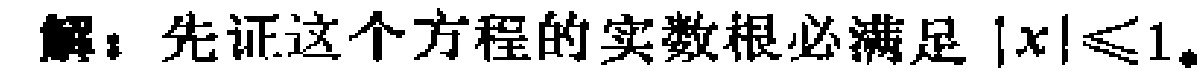
解：先证这个方程的实数根必满足\(|x|\leq1。\)